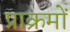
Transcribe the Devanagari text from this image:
प्राक्रमों